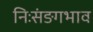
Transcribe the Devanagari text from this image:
निःसंङगभाव